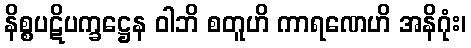
နိစ္စပဋိပက္ခဋ္ဌေန ဝါဘိ စတူဟိ ကာရဏေဟိ အနိဂုံး၊